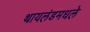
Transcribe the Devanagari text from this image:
थायलंडमधले